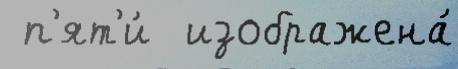
 п'ят'и́  изображена́